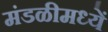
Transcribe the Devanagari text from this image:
मंडळीमध्यें